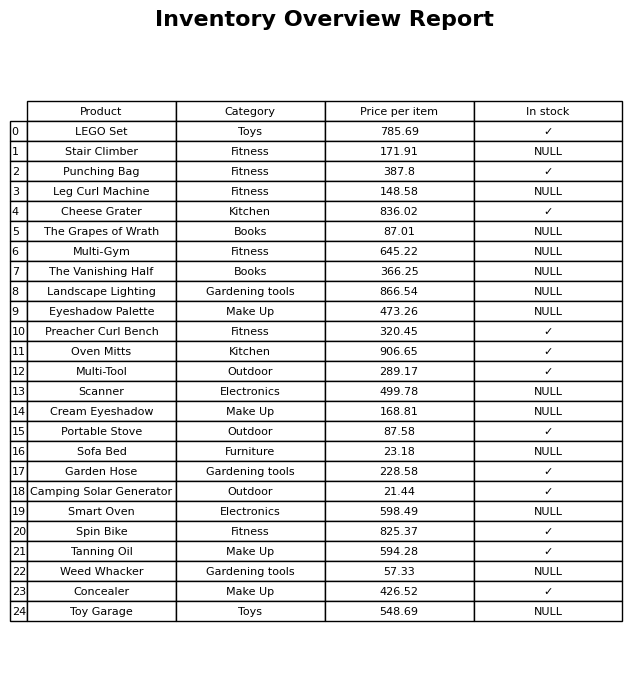
question: What is the stock status of the Eyeshadow Palette?
answer: NULL